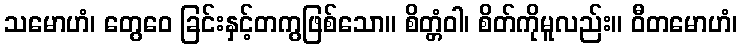
သမောဟံ၊ တွေဝေ ခြင်းနှင့်တကွဖြစ်သော။ စိတ္တံဝါ၊ စိတ်ကိုမူလည်း။ ဝီတမောဟံ၊